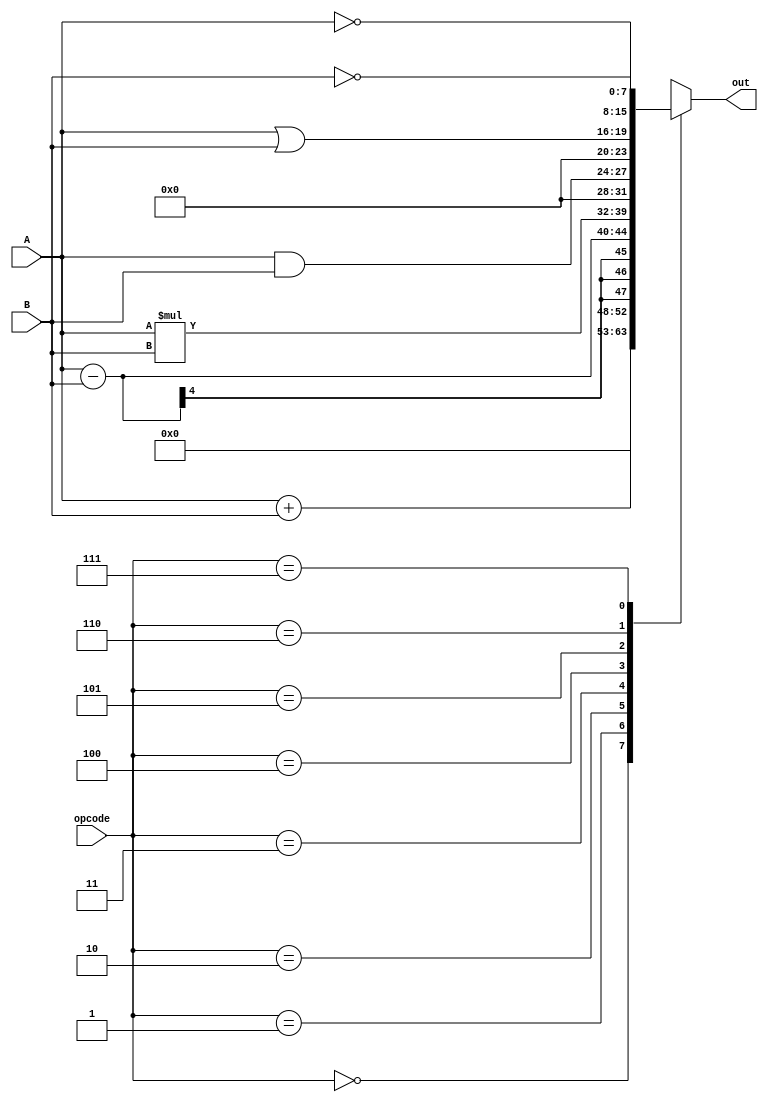
module alu(A,B,opcode,out);
  input [3:0] A,B;
  input [2:0] opcode;
  output reg [7:0] out;
  
  always@(*)
    begin
      
      case(opcode)
        
        3'b000 : out = 0;
        3'b001 : out = A + B;
        3'b010 : out = A - B;
        3'b011 : out = A * B;
        3'b100 : out = A & B;
        3'b101 : out = A | B;
        3'b110 : out = ~A;
        3'b111 : out = ~B;
        
        default : out = 0;
      endcase
    end
endmodule